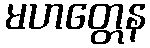
မဟတ္တေန